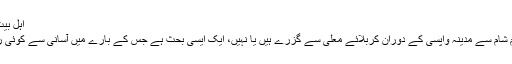
اہل بیت کی کربلا واپسی[ترمیم]
یہ کہ اہل بیت علیہم السلام شام سے مدینہ واپسی کے دوران کربلائے معلی سے گزرے ہیں یا نہیں، ایک ایسی بحث ہے جس کے بارے میں آسانی سے کوئی رائے دینا ممکن نہیں ہے۔